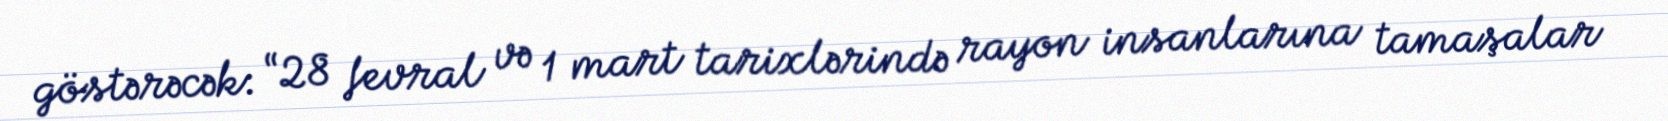
göstərəcək: “28 fevral və 1 mart tarixlərində rayon insanlarına tamaşalar